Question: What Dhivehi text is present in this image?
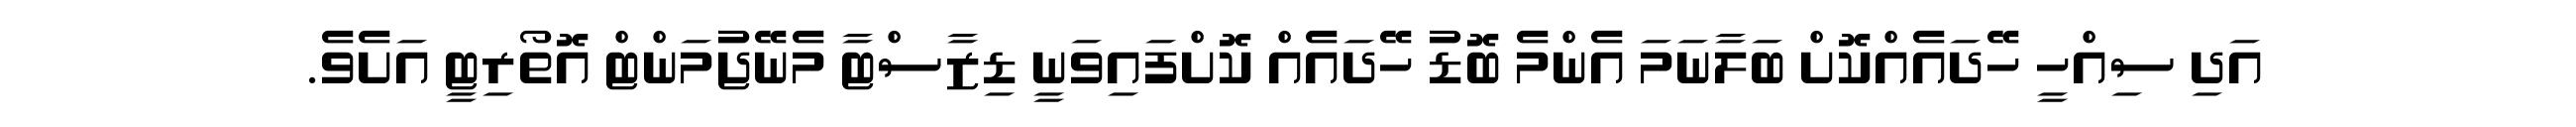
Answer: އަދި ސިއްހީ ހޭދައެއްކޮށް ބަލާނަމަ އެންމެ ބޮޑު ހޭދައެއް ކޮށްފައިވަނީ ޑިޒާސްޓާ މެނޭޖުމަންޓް އޮތޯރިޓީ އަށެވެ.